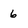
Character: 6